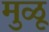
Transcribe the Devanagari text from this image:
मुळू